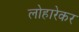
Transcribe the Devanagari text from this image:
लोहारेकर